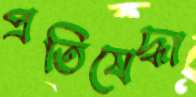
প্রতিষেদ্ধা